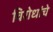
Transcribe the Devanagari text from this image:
विरोधांचे